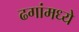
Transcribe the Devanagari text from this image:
ढगांमध्ये